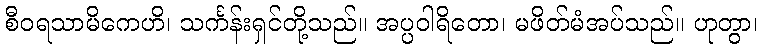
စီဝရသာမိကေဟိ၊ သင်္ကန်းရှင်တို့သည်။ အပ္ပဝါရိတော၊ မဖိတ်မံအပ်သည်။ ဟုတွာ၊